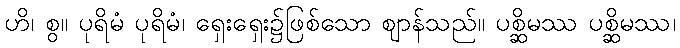
ဟိ၊ စွ။ ပုရိမံ ပုရိမံ၊ ရှေးရှေး၌ဖြစ်သော ဈာန်သည်။ ပစ္ဆိမဿ ပစ္ဆိမဿ၊